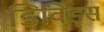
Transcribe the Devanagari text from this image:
डिविड्स